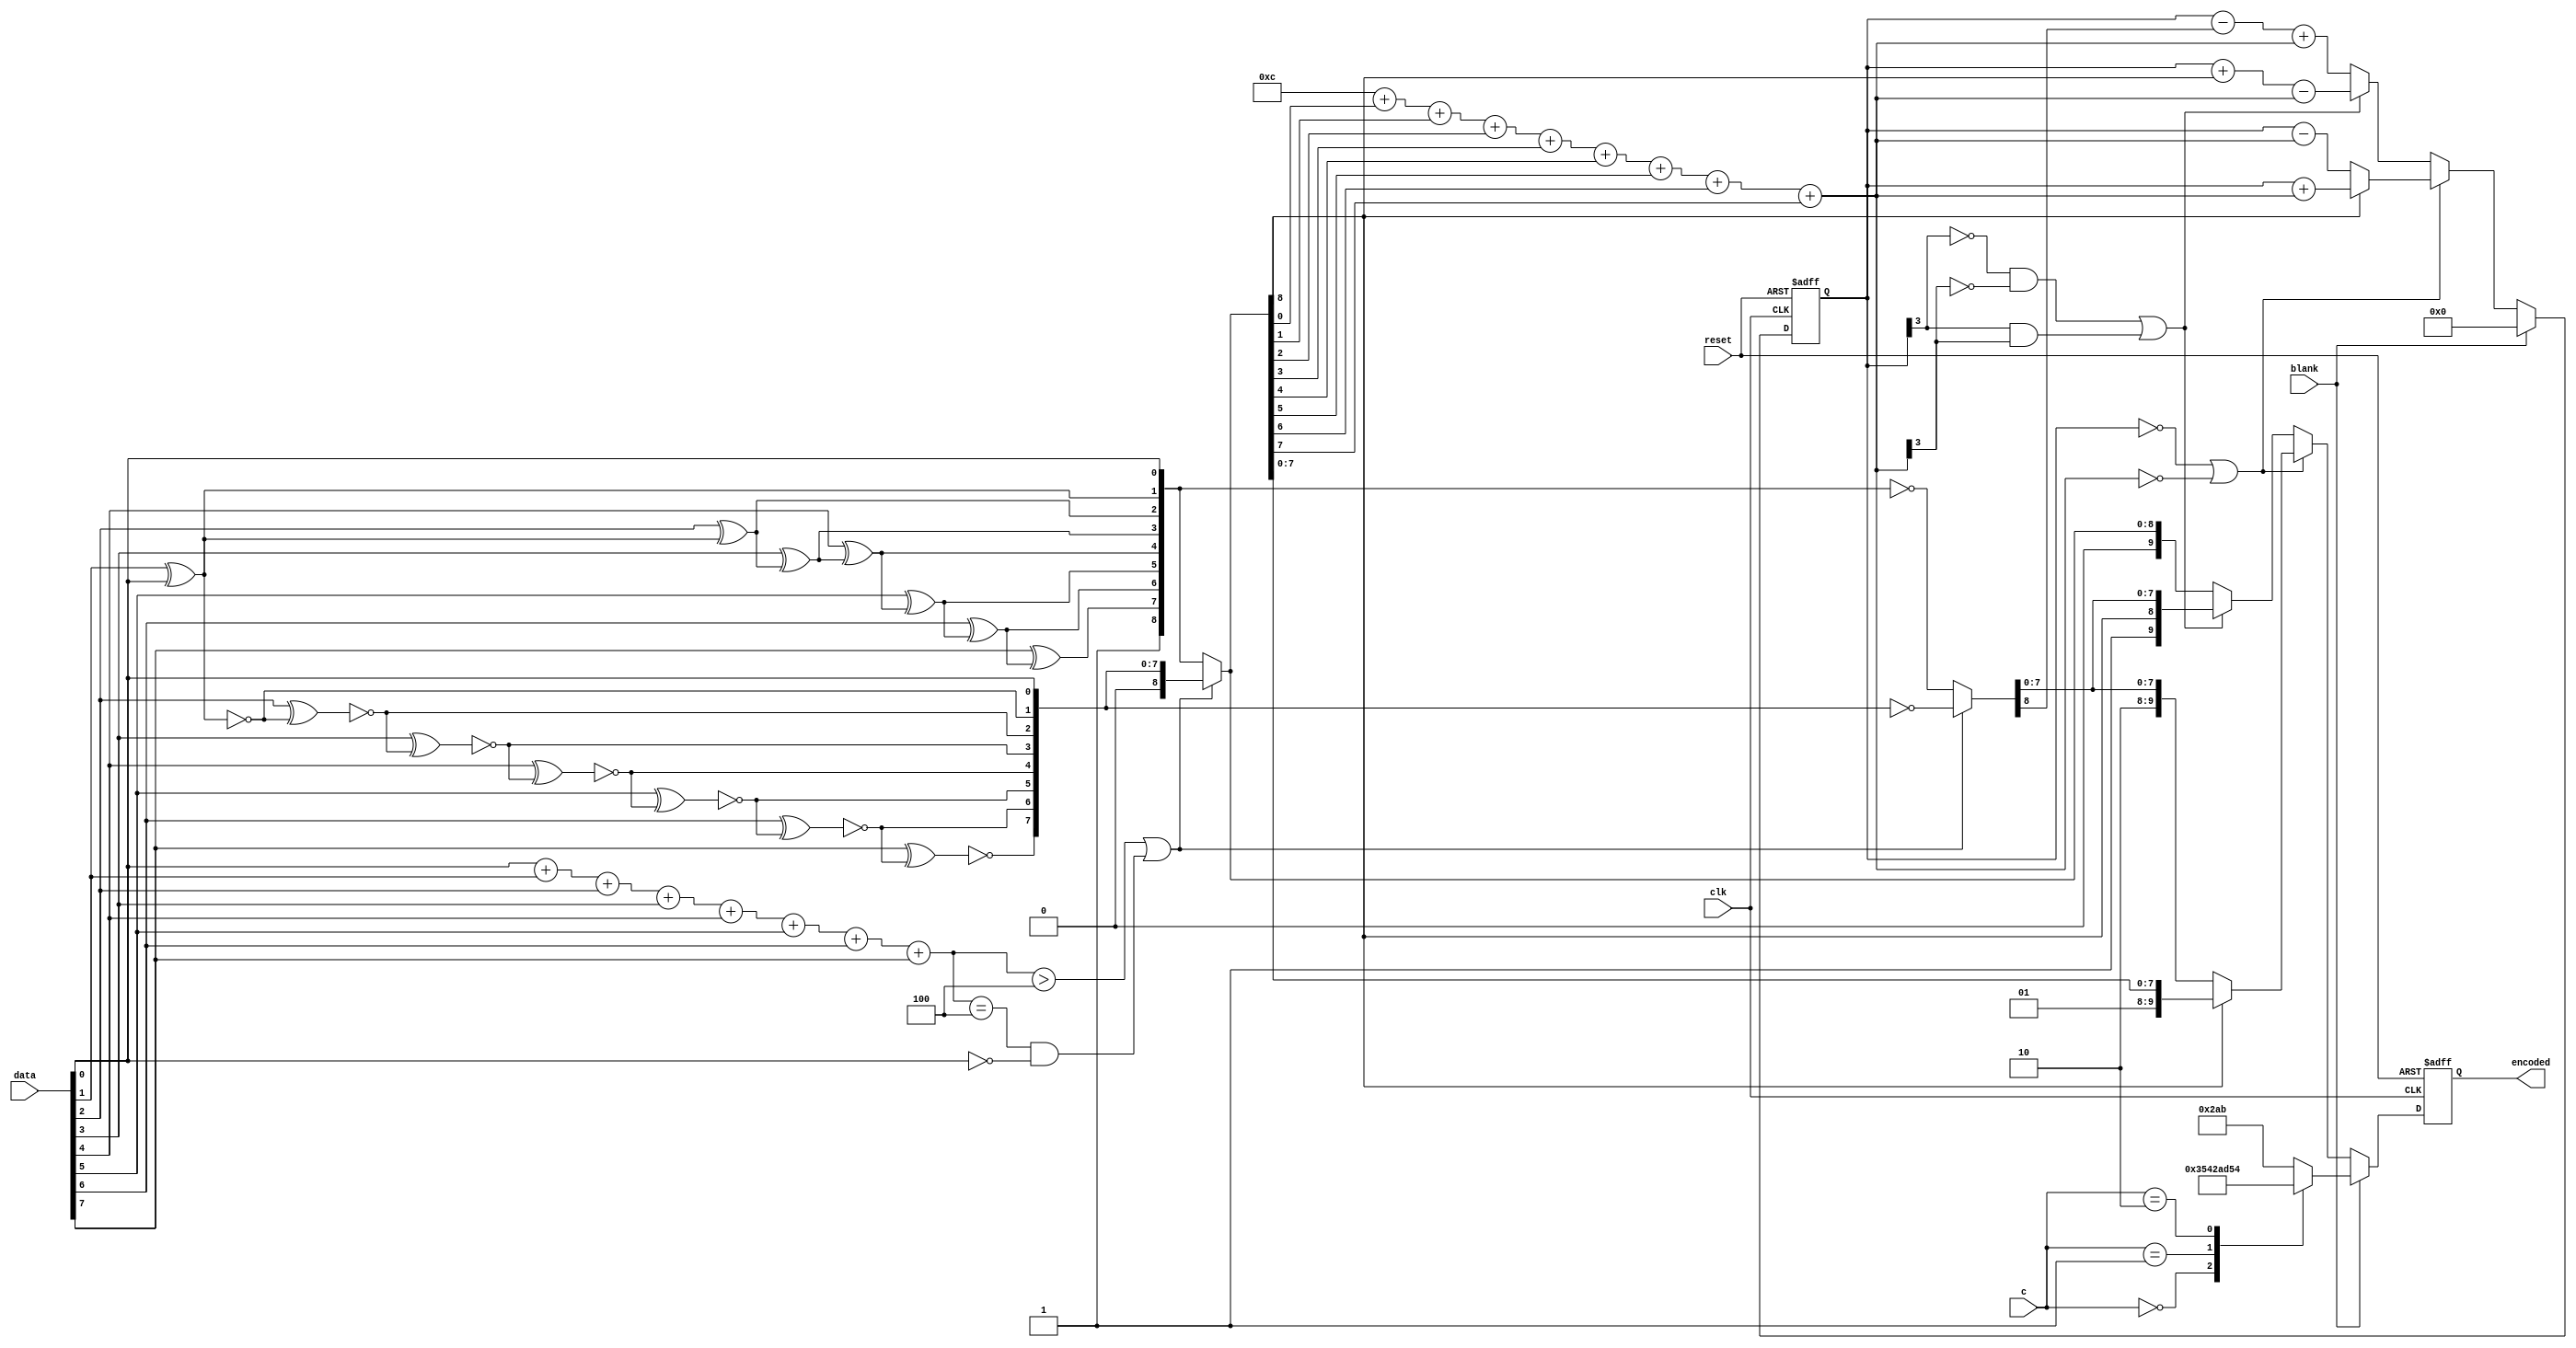
module dvi_tmds_encoder
(
      input        clk
    , input        reset
    , input [7:0]  data
    , input [1:0]  c
    , input        blank
    , output [9:0] encoded
);

/* verilator lint_off WIDTH */
/* verilator lint_off UNOPTFLAT */
reg [9:0]  encoded_q;
wire [8:0] xored;
wire [8:0] xnored;
wire [3:0] ones;
reg [8:0]  data_word_r;
reg [8:0]  data_word_inv_r;
wire [3:0] data_word_disparity;
reg [3:0]  dc_bias_q;

// Work our the two different encodings for the byte
assign xored[0]  = data[0];
assign xored[1]  = data[1] ^ xored[0];
assign xored[2]  = data[2] ^ xored[1];
assign xored[3]  = data[3] ^ xored[2];
assign xored[4]  = data[4] ^ xored[3];
assign xored[5]  = data[5] ^ xored[4];
assign xored[6]  = data[6] ^ xored[5];
assign xored[7]  = data[7] ^ xored[6];
assign xored[8]  = 1'b1;
assign xnored[0] = data[0];
assign xnored[1] = ~(data[1] ^ xnored[0]);
assign xnored[2] = ~(data[2] ^ xnored[1]);
assign xnored[3] = ~(data[3] ^ xnored[2]);
assign xnored[4] = ~(data[4] ^ xnored[3]);
assign xnored[5] = ~(data[5] ^ xnored[4]);
assign xnored[6] = ~(data[6] ^ xnored[5]);
assign xnored[7] = ~(data[7] ^ xnored[6]);
assign xnored[8] = 1'b0;

// Count how many ones are set in data
assign ones = data[0] + data[1] + data[2] + data[3] + data[4] + data[5] + data[6] + data[7];

// Decide which encoding to use
always @ *
begin
    if(ones > 4 || (ones == 4 && data[0] == 1'b0))
    begin
        data_word_r      = xnored;
        data_word_inv_r  =  ~((xnored));
    end
    else
    begin
        data_word_r     = xored;
        data_word_inv_r =  ~((xored));
    end
end

// Work out the DC bias of the dataword
assign data_word_disparity = 4'b1100 + data_word_r[0] + data_word_r[1] + data_word_r[2] + data_word_r[3] + data_word_r[4] + data_word_r[5] + data_word_r[6] + data_word_r[7];

// Now work out what the output should be
always @(posedge clk or posedge reset)
if (reset)
begin
    encoded_q <= 10'b0;
    dc_bias_q <= 4'b0;
end
else if (blank == 1'b1)
begin
    // In the control periods, all values have and have balanced bit count
    case(c)
    2'b00   : encoded_q <= 10'b1101010100;
    2'b01   : encoded_q <= 10'b0010101011;
    2'b10   : encoded_q <= 10'b0101010100;
    default : encoded_q <= 10'b1010101011;
    endcase

    dc_bias_q <= 4'b0;
end
else
begin
    if (dc_bias_q == 4'b00000 || data_word_disparity == 0)
    begin
        // dataword has no disparity
        if(data_word_r[8] == 1'b1)
        begin
            encoded_q <= {2'b 01,data_word_r[7:0]};
            dc_bias_q <= dc_bias_q + data_word_disparity;
        end
        else
        begin
            encoded_q <= {2'b 10,data_word_inv_r[7:0]};
            dc_bias_q <= dc_bias_q - data_word_disparity;
        end
    end
    else if((dc_bias_q[3] == 1'b0 && data_word_disparity[3] == 1'b0) || (dc_bias_q[3] == 1'b1 && data_word_disparity[3] == 1'b1))
    begin
        encoded_q <= {1'b1,data_word_r[8],data_word_inv_r[7:0]};
        dc_bias_q <= dc_bias_q + data_word_r[8] - data_word_disparity;
    end
    else
    begin
        encoded_q <= {1'b0,data_word_r};
        dc_bias_q <= dc_bias_q - data_word_inv_r[8] + data_word_disparity;
    end
end

assign encoded = encoded_q;

/* verilator lint_on UNOPTFLAT */
/* verilator lint_on WIDTH */

endmodule